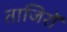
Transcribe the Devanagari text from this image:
ताजिरों